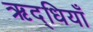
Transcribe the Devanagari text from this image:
ऋद्धियाँ